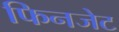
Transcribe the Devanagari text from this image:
फिनजेट